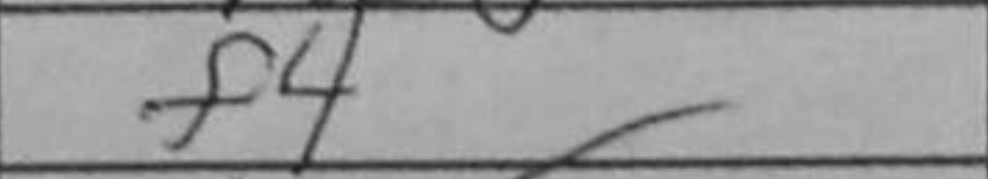
Transcription: f4